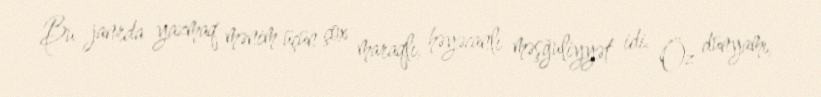
Bu janrda yazmaq mənim üçün çox maraqlı, həyəcanlı məşğuliyyət idi. Öz dünyamı,